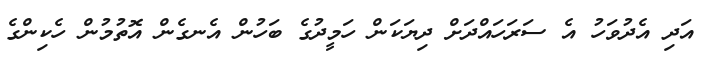
އަދި އެދުވަހު އެ ސަރަހައްދަށް ދިޔަކަން ހަމީދުގެ ބަހުން އެނގެން އޮތުމުން ހެކިންގެ